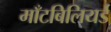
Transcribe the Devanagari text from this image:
माँटबिलियर्ड